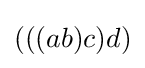
(((ab)c)d)